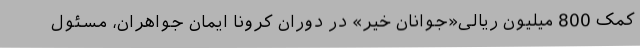
کمک 800 میلیون ریالی«جوانان خیر» در دوران کرونا ایمان جواهران، مسئول